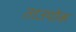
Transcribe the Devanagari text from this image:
ताउपोक